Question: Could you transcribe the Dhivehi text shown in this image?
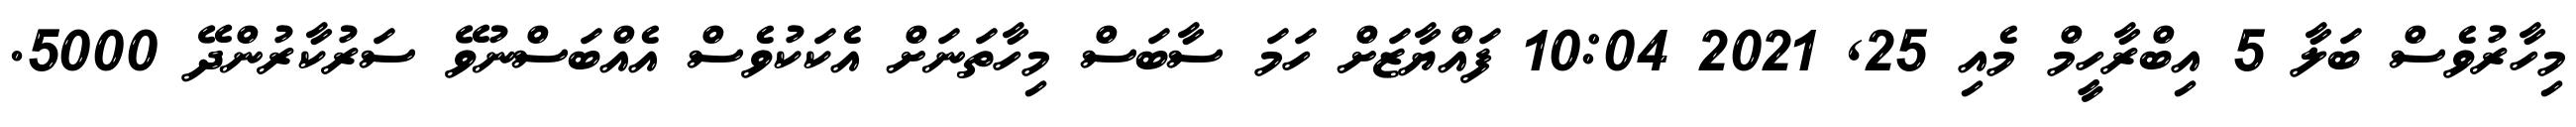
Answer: މިހާރުވެސް ބަލާ 5 އިބްރާހީމް މެއި 25, 2021 10:04 ފައްޔާޒަށް ހަމަ ސާބަސް މިހާތަނަށް އެކަކުވެސް އެއްބަސްނުވޭ ސަރުކާރުންދޭ 5000.